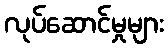
လုပ်ဆောင်မှုများ